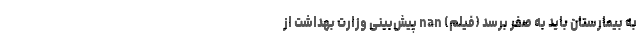
به بیمارستان باید به صفر برسد (فیلم) nan پیش‌بینی وزارت بهداشت از